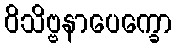
ဝိသိဗ္ဗနာပေက္ခော